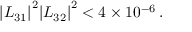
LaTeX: { | L _ { 3 1 } | } ^ { 2 } { | L _ { 3 2 } | } ^ { 2 } < 4 \times 1 0 ^ { - 6 } \, .